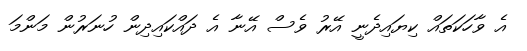
އެ ވާހަކަތައް ކިޔައިދެނީ އޭރު ވެސް އޭނާ އެ ދައްކައިދިން ހުނަރުން މަންމަ